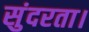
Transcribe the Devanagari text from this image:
सुंदरता।